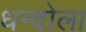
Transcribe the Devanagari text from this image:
धन्दोला